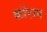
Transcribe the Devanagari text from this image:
कोरान